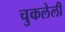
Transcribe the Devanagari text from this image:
चुकलेली